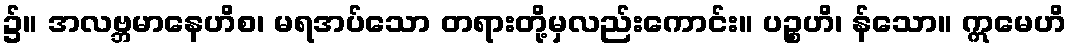
၌။ အလဗ္ဘမာနေဟိစ၊ မရအပ်သော တရားတို့မှလည်းကောင်း။ ပဉ္စဟိ၊ န်သော။ ဣမေဟိ